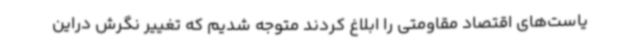
یاست‌های اقتصاد مقاومتی را ابلاغ کردند متوجه شدیم که تغییر نگرش دراین